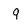
Character: q